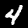
Label: 4